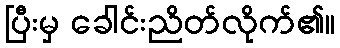
ပြီးမှ ခေါင်းညိတ်လိုက်၏။